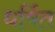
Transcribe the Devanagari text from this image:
धर्षित